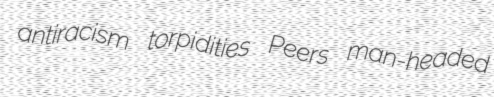
antiracism torpidities Peers man-headed